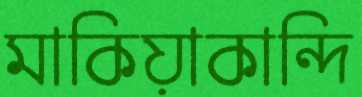
মাকিয়াকান্দি